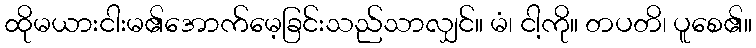
ထိုမယားငါးမ၏အောက်မေ့ခြင်းသည်သာလျှင်။ မံ၊ ငါ့ကို။ တပတိ၊ ပူစေ၏။